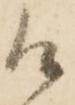
候